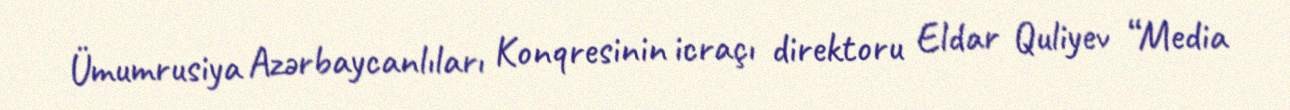
Ümumrusiya Azərbaycanlıları Konqresinin icraçı direktoru Eldar Quliyev “Media